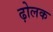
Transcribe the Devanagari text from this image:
ढ़ोलक